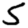
Digit: 5